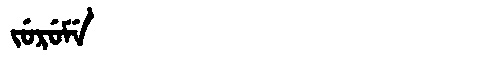
Manchu: ᠵᡠᡵᡠᠮᡝ
Romanization: JURUME